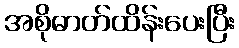
အစိုဓာတ်ထိန်းပေးပြီး